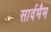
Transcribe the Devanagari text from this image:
सार्वभैम